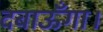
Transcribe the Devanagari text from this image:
दबाऊँगा।